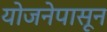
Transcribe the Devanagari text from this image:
योजनेपासून